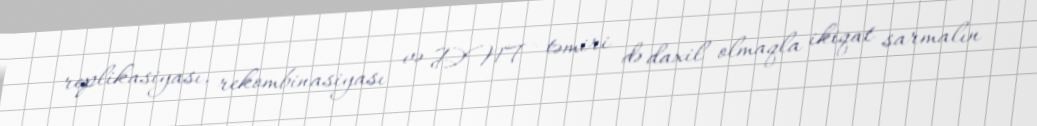
replikasiyası, rekombinasiyası və DNT təmiri də daxil olmaqla ikiqat sarmalın